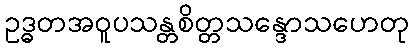
ဥဒ္ဓတအဝူပသန္တစိတ္တသန္ဒောသဟေတု